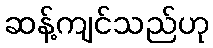
ဆန့်ကျင်သည်ဟု